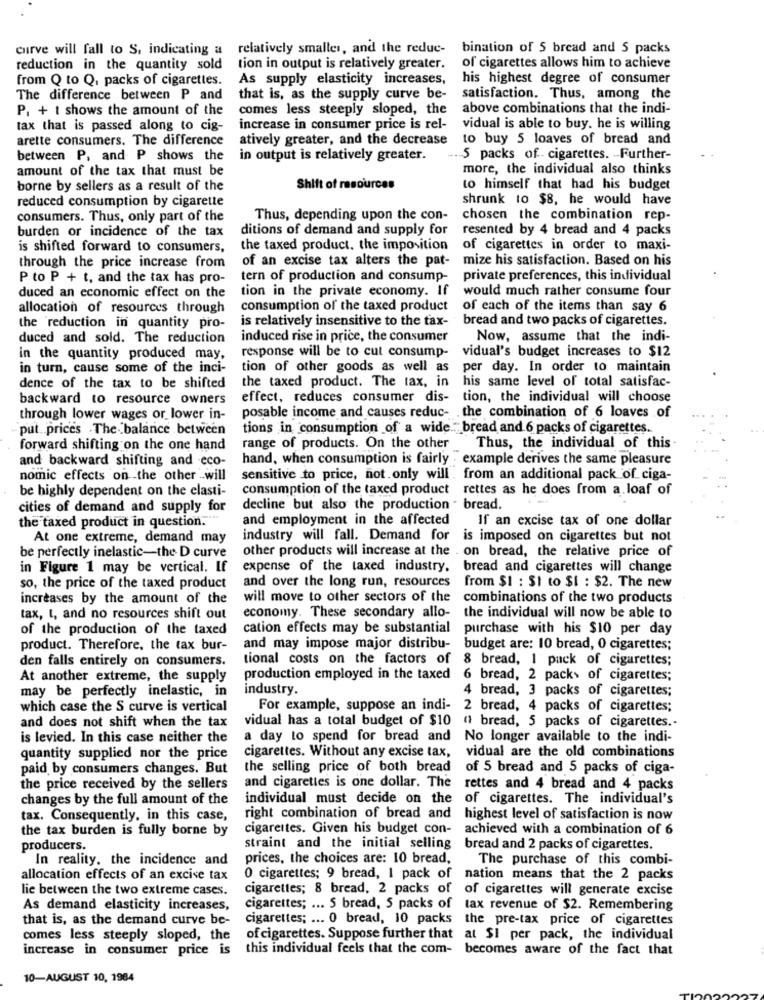
curve will fall to S, indicating a relatively smaller, and the reduc-
bination of 5 bread and 5 packs
reduction in the quantity sold
tion in output is relatively greater.
of cigarettes allows him to achieve
from Q to Q, packs of cigarettes.
As supply elasticity increases,
his highest degree of consumer
The difference between P and
that is, as the supply curve be-
satisfaction. Thus, among the
P. + t shows the amount of the
comes less steeply sloped, the
above combinations that the indi-
tax that is passed along to cig-
increase in consumer price is rel-
vidual is able to buy. he is willing
arette consumers. The difference
atively greater, and the decrease
to buy 5 loaves of bread and
between P, and P shows the
in output is relatively greater.
-. 5 packs of cigarettes. - Further-
amount of the tax that must be
more, the individual also thinks
borne by sellers as a result of the
Shift of resources
to himself that had his budget
reduced consumption by cigarette
shrunk to $8, he would have
consumers. Thus, only part of the
Thus, depending upon the con-
chosen the combination rep-
burden or incidence of the tax
ditions of demand and supply for
resented by 4 bread and 4 packs
is shifted forward to consumers,
the taxed product, the imposition
of cigarettes in order to maxi-
through the price increase from
of an excise tax alters the pat-
mize his satisfaction. Based on his
P to P + t, and the tax has pro-
tern of production and consump-
private preferences, this individual
tion in the private economy. If
would much rather consume four
duced an economic effect on the
allocation of resources through
consumption of the taxed product
of each of the items than say 6
is relatively insensitive to the tax-
bread and two packs of cigarettes.
the reduction in quantity pro-
duced and sold. The reduction
induced rise in price, the consumer
Now, assume that the indi-
in the quantity produced may,
response will be to cut consump-
vidual's budget increases to $12
in turn, cause some of the inci-
tion of other goods as well as
per day. In order to maintain
the taxed product. The tax, in
his same level of total satisfac-
dence of the tax to be shifted
backward to resource owners
effect, reduces consumer dis- tion, the individual will choose
posable income and causes reduc- the combination of 6 loaves of
through lower wages or lower in-
put. . prices . The- balance between
tions in consumption of a wide .: bread and 6 packs of cigarettes.
forward shifting on the one hand
range of products. On the other
Thus, the individual of this
and backward shifting and eco-
hand, when consumption is fairly . example derives the same pleasure
nomic effects on -the other will
sensitive to price, not. only will . from an additional pack of ciga-
be highly dependent on the elasti-
consumption of the taxed product rettes as he does from a loaf of
cities of demand and supply for
decline but also the production - bread.
the taxed product in question."
and employment in the affected
If an excise tax of one dollar
At one extreme, demand may
industry will fall. Demand for is imposed on cigarettes but not
be perfectly inelastic-the D curve
other products will increase at the . on bread, the relative price of
in Figure 1 may be vertical. If
expense of the taxed industry, bread and cigarettes will change
so, the price of the taxed product
and over the long run, resources from $1 : $1 to $I : $2. The new
increases by the amount of the
will move to other sectors of the
combinations of the two products
tax, t, and no resources shift out
economy. These secondary allo- the individual will now be able to
of the production of the taxed
cation effects may be substantial purchase with his $10 per day
product. Therefore, the tax bur-
and may impose major distribu-
budget are: 10 bread, 0 cigarettes;
den falls entirely on consumers.
tional costs on the factors of
8 bread, 1 pack of cigarettes;
At another extreme, the supply
production employed in the taxed
6 bread, 2 pack> of cigarettes;
may be perfectly inelastic, in
industry.
4 bread, 3 packs of cigarettes;
which case the S curve is vertical
For example, suppose an indi-
2 bread, 4 packs of cigarettes;
and does not shift when the tax
vidual has a total budget of $10 ( bread, 5 packs of cigarettes .-
is levied. In this case neither the
a day to spend for bread and No longer available to the indi-
vidual are the old combinations
quantity supplied nor the price
cigarettes. Without any excise tax,
paid by consumers changes. But
the selling price of both bread
of 5 bread and 5 packs of ciga-
the price received by the sellers
and cigarettes is one dollar. The
rettes and 4 bread and 4 packs
changes by the full amount of the
individual must decide on the of cigarettes. The individual's
tax. Consequently, in this case,
right combination of bread and highest level of satisfaction is now
the tax burden is fully borne by
cigarettes. Given his budget con- achieved with a combination of 6
producers.
straint and the initial selling bread and 2 packs of cigarettes.
In reality. the incidence and
prices, the choices are: 10 bread,
The purchase of this combi-
allocation effects of an excise tax
0 cigarettes; 9 bread, I pack of nation means that the 2 packs
lie between the two extreme cases.
cigarettes; 8 bread, 2 packs of of cigarettes will generate excise
As demand elasticity increases,
cigarettes; ... S bread, 5 packs of tax revenue of $2. Remembering
that is, as the demand curve be-
cigarettes; ... 0 bread, 10 packs the pre-tax price of cigarettes
comes less steeply sloped, the
of cigarettes. Suppose further that at $I per pack, the individual
increase in consumer price is
this individual feels that the com- becomes aware of the fact that
10-AUGUST 10, 1984